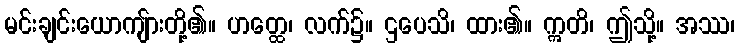
မင်းချင်းယောကျ်ားတို့၏။ ဟတ္ထေ၊ လက်၌။ ဌပေသိ၊ ထား၏။ ဣတိ၊ ဤသို့။ အဿ၊